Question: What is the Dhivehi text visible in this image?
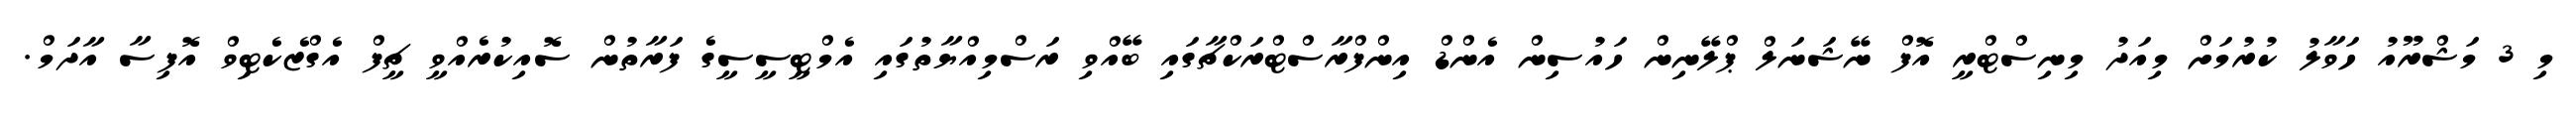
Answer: މި 3 މަޝްރޫއު ހަވާލު ކުރުމަށް މިއަދު މިނިސްޓްރީ އޮފް ނޭޝަނަލް ޕްލޭނިން ހައުސިން އެންޑް އިންފްރާސްޓްރަކްޗާގައި ބޭއްވި ރަސްމިއްޔާތުގައި އެމްޓީސީސީގެ ފަރާތުން ސޮއިކުރެއްވީ ޗީފް އެގްޒެކެޓިވް އޮފިސާ އާދަމް.